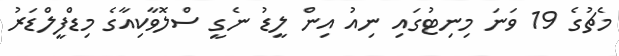
މެޗުގެ 19 ވަނަ މިނިޓުގައި ނިއު އިން ލީޑު ނެގީ ސްލޮވާކިއާގެ މިޑްފީލްޑަރު